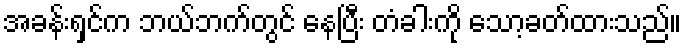
အခန်းရှင်က ဘယ်ဘက်တွင် နေပြီး တံခါးကို သော့ခတ်ထားသည်။